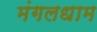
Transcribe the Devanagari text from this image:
मंगलधाम